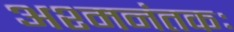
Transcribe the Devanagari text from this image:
अश्‍मनंतकः